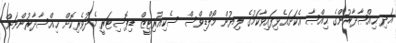
އަދި ޙިއްޞާދާރުންގެ ޙިއްޞާ އެކަށައެޅިފައިވާކަމުގެ ލިޔުން މޯލްޑިވްސް ސެކިއުރިޓީޒް ޑިޕޮސިޓަރީ މެދުވެރިކޮށް ޙިއްސާދާރުންނަށް